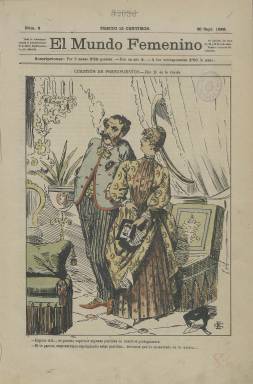
Título: El Mundo femenino (Madrid. 1886)
Colección: Revistas femeninas
Ámbito geográfico: Madrid
Lugar de publicación: Madrid
Fechas: 20/09/1886-03/07/1887

Revista dirigida a la mujer cuyo contenido es una mezcla de ficción e información. Incluye novelas por entregas que ilustra con dibujos y reportajes o noticias que afectaban directamente a la mujer, así como algunos artículos de fondo de defensa de los derechos femeninos.

  La publicación comenzó en septiembre de 1886 con periodicidad decenal, es decir cada diez días. Debió tener cierto éxito en sus inicios porque pasó a ser semanal con el año 1887, aunque no parece que tuviera una vida larga. El último número que posee la Biblioteca Nacional de España es el de 3 de julio de 1887.

  Una de las características de la revista, que constaba de ocho páginas por número, son sus ilustraciones a color, tanto en la portada como en su doble página central. En ellas se solía ensalzar el papel de la mujer o se la presentaba como la víctima de los caprichos del hombre. La doble página central está en ocasiones constituida por viñetas que cuentan una historieta con la mujer como protagonista.

   Un ejemplo de portada lo vemos en el número 2, en el que el ilustrador, Emilio de la Cerda, ha dibujado un matrimonio que mantiene un diálogo sobre el presupuesto familiar en que se deja ver que el marido gasta el dinero en mujeres. Este asunto del adulterio masculino será tratado por la revista con frecuencia. En ese mismo número podemos leer en la segunda página una estadística al respecto sobre el Madrid de la época.

El artículo comienza a hablar del triunfo en Francia de la ‘demi-monde’ o ‘mujer de costumbres ligeras’ y se afirma: ‘Cierto que, de algunos años a esta parte, en Madrid apenas encontraréis un diez por ciento de personajes que no se den el lujo de sostener una… y a veces más entretenidas’.

  En varios números de la revista se puede encontrar también una estadística escalofriante: las mujeres que mueren a manos de hombres con los que tienen o tenían relación sentimental. En el primer número de 1887, en la última página, se informa del asesinato en el barrio de Lavapiés de una mujer que se había separado de su marido porque bebía y la maltrataba. Se fue a vivir a casa de sus padres, pero el marido la espero un día a la salida del taller donde trabajaba y la cosió a puñaladas.

 Uno de los ilustradores más asiduos de la revista fue el citado Emilio de la Cerda, quien también firma algunos artículos, uno de ellos titulado ‘Madrid vicioso’. Además de periodista y escritor, De la Cerda fue uno de los humoristas gráficos más sobresalientes de la época. Destacó en la revista malagueña ‘El país de la olla’, aunque colaboró en un gran número de publicaciones.

   En la página web Tebeoesfera puede leerse una biografía y amplia información sobre este ilustrador.

[Descripción publicada el 15/02/2023]